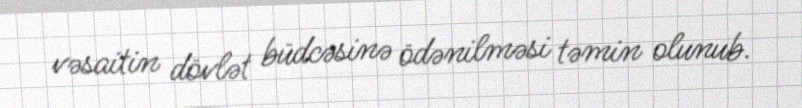
vəsaitin dövlət büdcəsinə ödənilməsi təmin olunub.